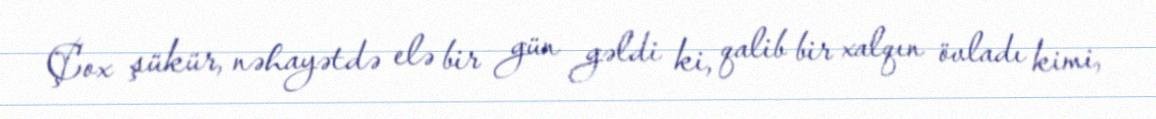
Çox şükür, nəhayətdə elə bir gün gəldi ki, qalib bir xalqın övladı kimi,